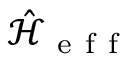
\hat { \mathcal { H } } _ { \mathrm { ~ e ~ f ~ f ~ } }